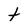
Character: t